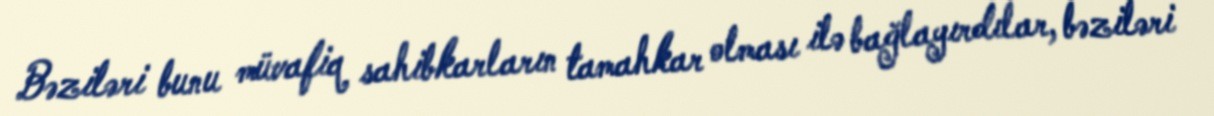
Bəziləri bunu müvafiq sahibkarların tamahkar olması ilə bağlayırdılar, bəziləri